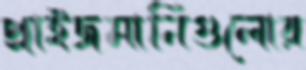
প্রাইজমানিগুলোর